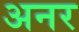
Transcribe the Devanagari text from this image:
अनर